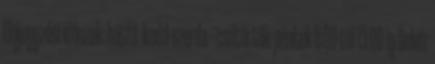
Előjegyzési időszak: hétfő -kedd-szerda – csütörtök-péntek 8:00-tól 13:00-ig Belvíz